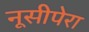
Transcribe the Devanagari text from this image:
नूसीपेरा